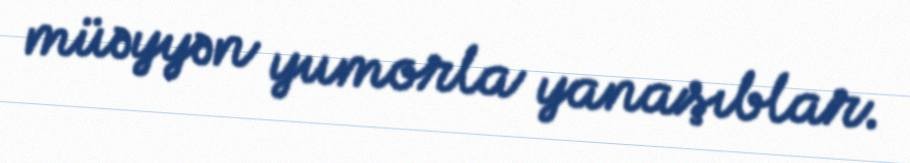
müəyyən yumorla yanaşıblar.